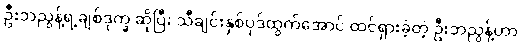
ဦးဘညွန့်ရဲ့ချစ်ဒုက္ခ ဆိုပြီး သီချင်းနှစ်ပုဒ်ထွက်အောင် ထင်ရှားခဲ့တဲ့ ဦးဘညွန့်ဟာ